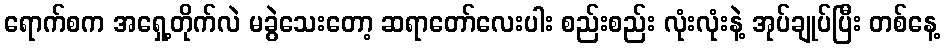
ရောက်စက အရှေ့တိုက်လဲ မခွဲသေးတော့ ဆရာတော်လေးပါး စည်းစည်း လုံးလုံးနဲ့ အုပ်ချုပ်ပြီး တစ်နေ့